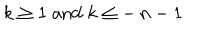
LaTeX: \: k \geq 1 \; \mathrm { a n d } \; k \leq - \, n - 1 \: